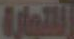
لتجارة